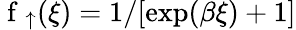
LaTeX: \mathrm{~f~}_{\uparrow}(\xi)=1/[\exp(\beta\xi)+1]